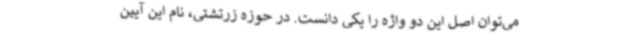
می‌توان اصل این دو واژه را یکی دانست. در حوزه زرتشتی، نام این آیین